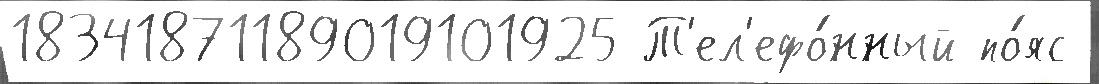
18341871189019101925 Т'ел'ефо́нный по́яс